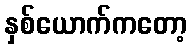
နှစ်ယောက်ကတော့